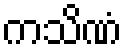
ကသိဏံ